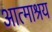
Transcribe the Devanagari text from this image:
आत्माश्रय